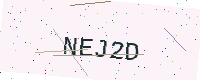
Text: NEJ2D